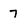
Character: 7